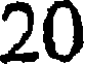
20